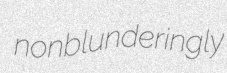
nonblunderingly